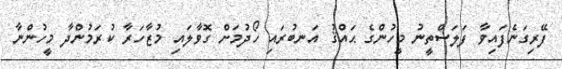
ފޭރިގަނެފައިވާ ފަލަސްތީނު މީހުންގެ ޙައްޤު އަނބުރައި ހޯދުމަށް ގޮވާލައި މުޒާހަރާ ކުރަމުންދާ މީހުންނާ